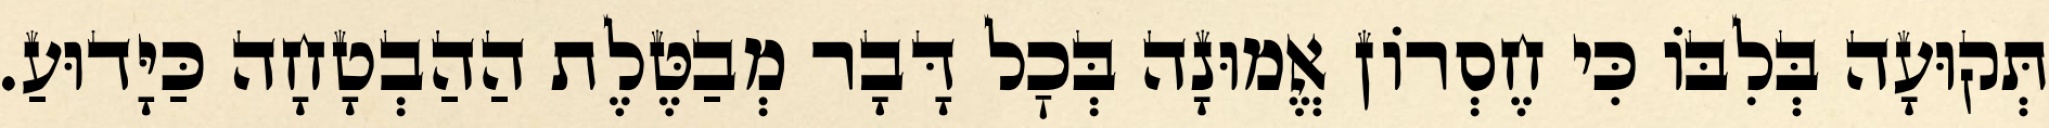
תְּקוּעָה בְּלִבּוֹ כִּי חֶסְרוֹן אֱמוּנָה בְּכׇל דָּבָר מְבַטֶּלֶת הַהַבְטָחָה כַּיָּדוּעַ.